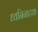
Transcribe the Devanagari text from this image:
ध्वनिनाटक